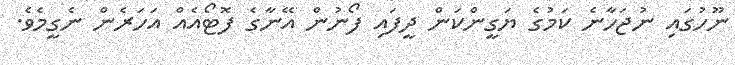
ނޫހުގައި ނުޖަހާނެ ކަމުގެ ޔަގީންކަން ދީފައި ފޯނުން އޭނާގެ ފޮޓޯއެއް އަހަރެން ނެގީމެވެ.